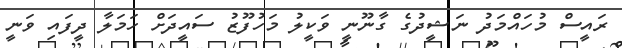
ރައީސް މުހައްމަދު ނަޝީދުގެ ގާނޫނީ ވަކީލު މަހުފޫޒު ސައީދަށް ހަމަލާ ދީފައި ވަނީ